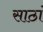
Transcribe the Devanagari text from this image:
साठां